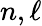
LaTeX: n,\ell